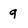
Character: g